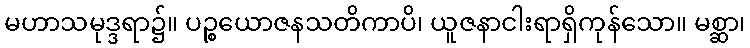
မဟာသမုဒ္ဒရာ၌။ ပဉ္စယောဇနသတိကာပိ၊ ယူဇနာငါးရာရှိကုန်သော။ မစ္ဆာ၊